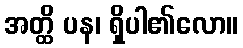
အတ္ထိ ပန၊ ရှိပါ၏လော။